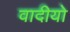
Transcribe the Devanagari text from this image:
वादीयो